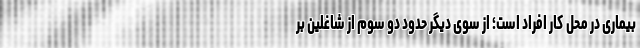
بیماری در محل کار افراد است؛ از سوی دیگر حدود دو سوم از شاغلین بر